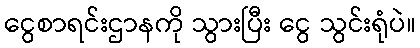
ငွေစာရင်းဌာနကို သွားပြီး ငွေ သွင်းရုံပဲ။